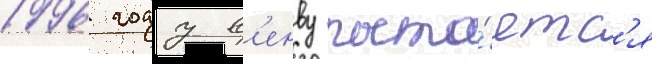
1996 году в'енву пыта́етс'я